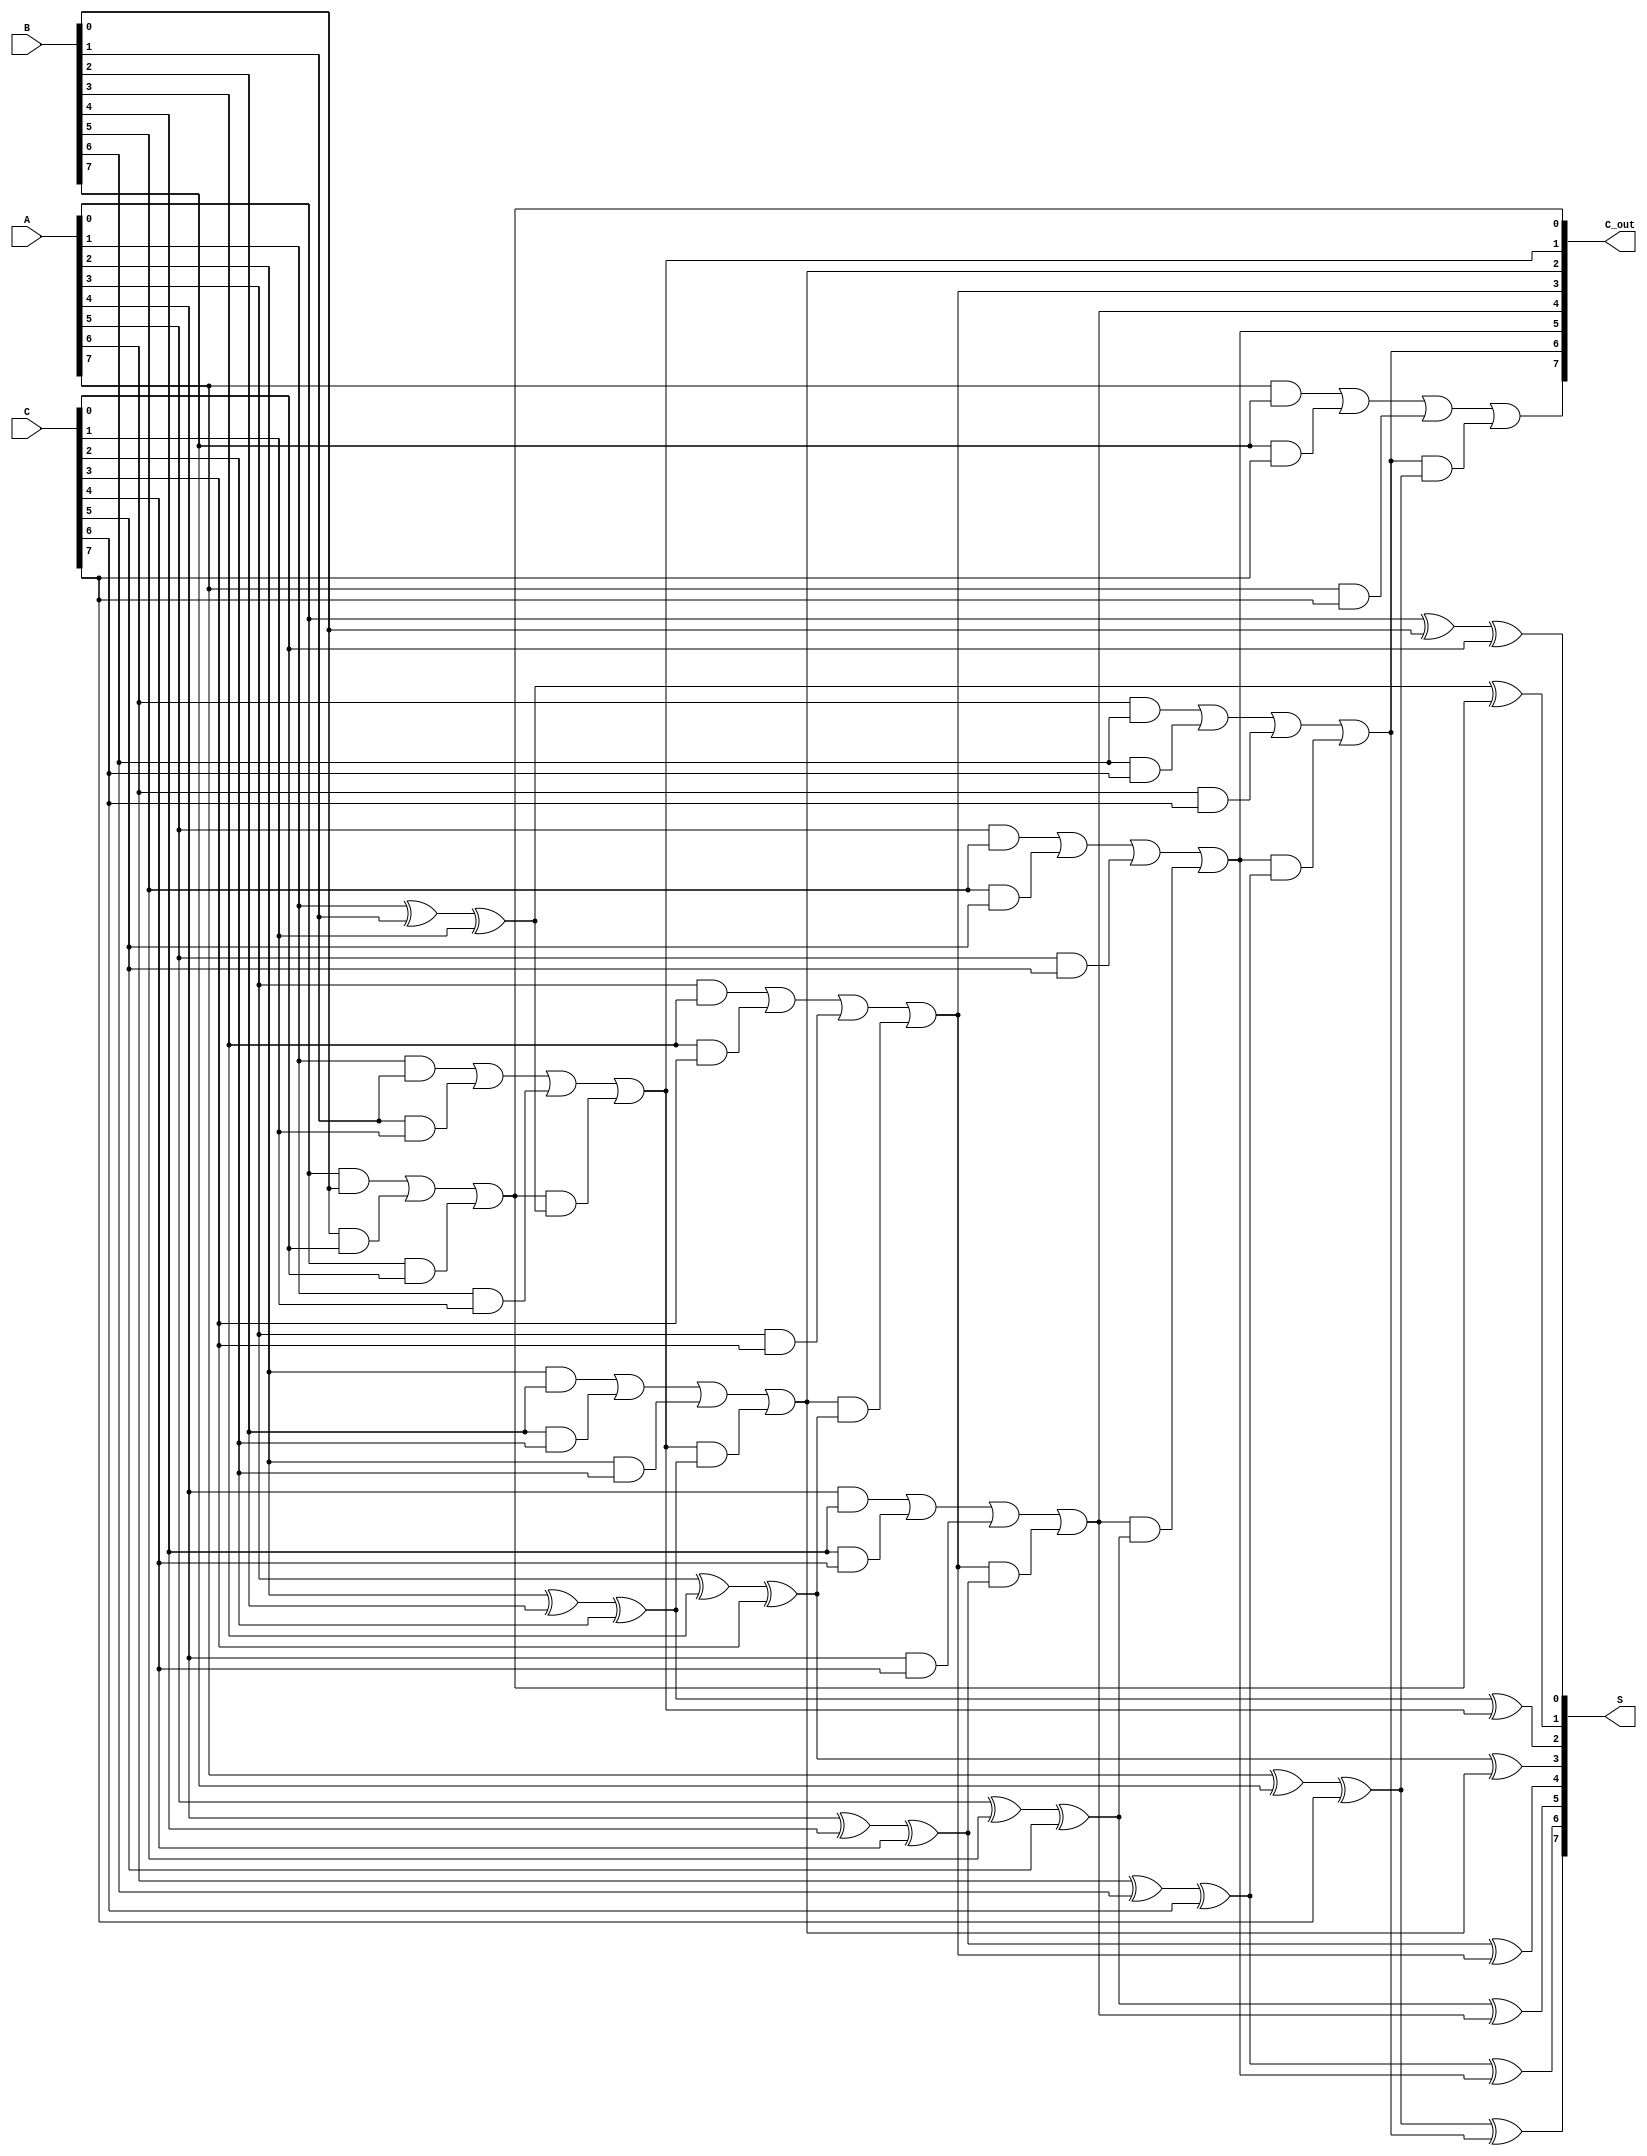
module carry_save_adder(
    input [m-1:0] A,    // First input
    input [m-1:0] B,    // Second input
    input [m-1:0] C,    // Third input
    output [m-1:0] S,   // Partial sum output
    output [m-1:0] C_out // Carry output
);
    parameter m = 8; // Bit-width of the inputs

    // Internal wires for partial sums and carries
    wire [m-1:0] S1, S2, C1, C2;

    // Stage 1: First level of addition
    generate
        genvar i;
        for (i = 0; i < m; i = i + 1) begin : full_adder_stage1
            if (i == 0) begin
                // For the first bit, there is no carry-in
                assign S1[i] = A[i] ^ B[i] ^ C[i];
                assign C1[i] = (A[i] & B[i]) | (B[i] & C[i]) | (A[i] & C[i]);
            end else begin
                assign S1[i] = A[i] ^ B[i] ^ C[i] ^ C1[i-1];
                assign C1[i] = (A[i] & B[i]) | (B[i] & C[i]) | (A[i] & C[i]) | (C1[i-1] & (A[i] ^ B[i] ^ C[i]));
            end
        end
    endgenerate

    // Stage 2: Second level of addition (for example, adding another set of inputs)
    // Here, we can add more inputs if needed
    // For simplicity, we will just use the output of the first stage as the final output
    assign S = S1;
    assign C_out = C1;

endmodule